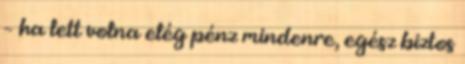
– ha lett volna elég pénz mindenre, egész biztos